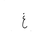
Letter: _gayn